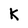
Character: K